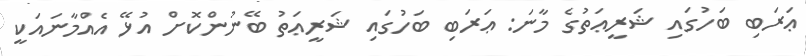
ޢަރަބި ބަހުގައި ޝަރީޢަތުގެ މާނަ: ޢަރަބި ބަހުގައި ޝަރީޢަތު ބޭނުންކޮށް އުޅޭ އެއްމާނައަކީ